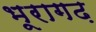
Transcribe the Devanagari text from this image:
भूरागढ़